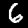
Digit: 6